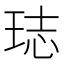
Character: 𤥴